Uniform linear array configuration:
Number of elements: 48
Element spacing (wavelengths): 0.5
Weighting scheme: blackman
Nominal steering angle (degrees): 45
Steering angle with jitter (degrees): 43.993
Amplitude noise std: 0.05
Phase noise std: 0.05

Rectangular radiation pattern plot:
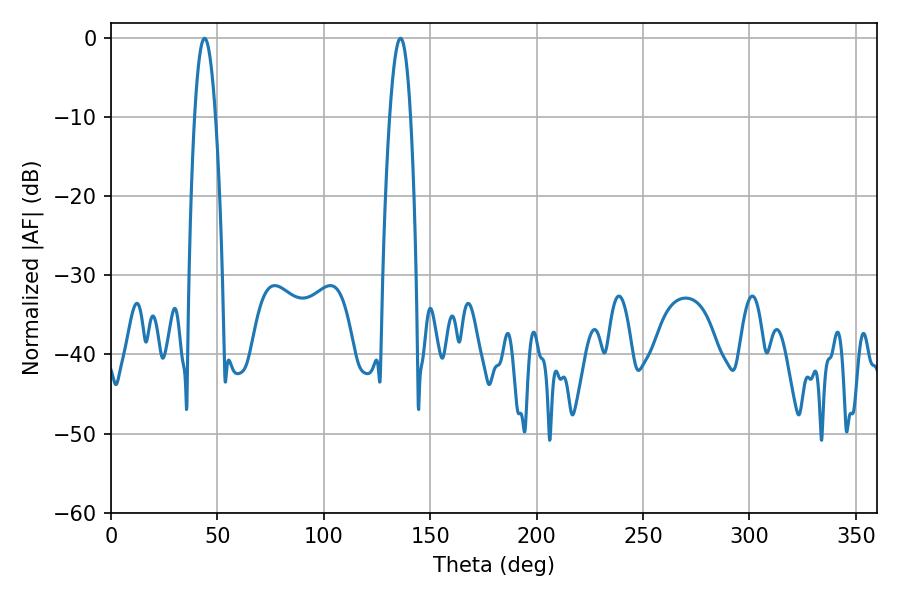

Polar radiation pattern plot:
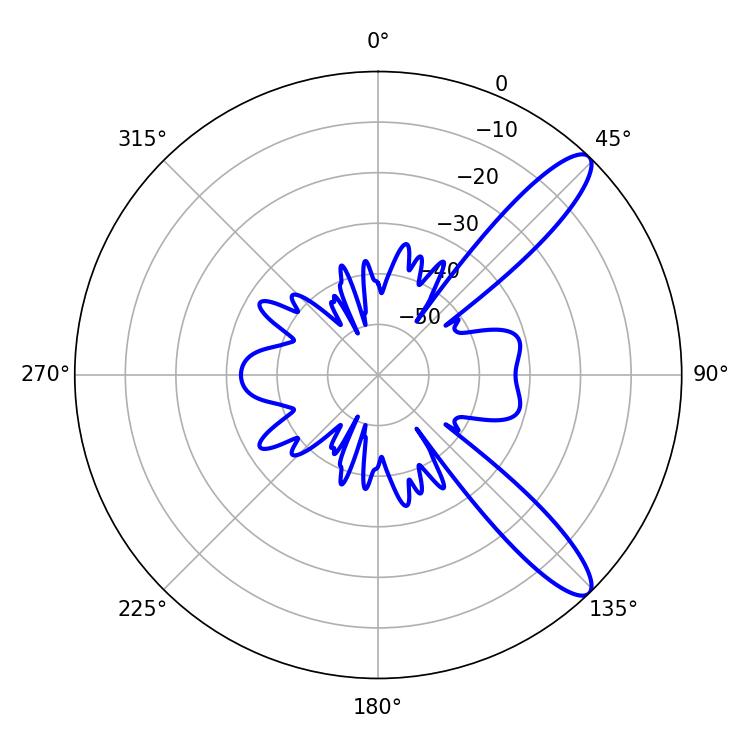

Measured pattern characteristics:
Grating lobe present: FALSE
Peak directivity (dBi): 11.496
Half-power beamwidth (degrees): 5.4
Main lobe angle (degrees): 43.92